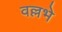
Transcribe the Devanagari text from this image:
वल्लभे